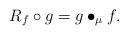
LaTeX: \begin{align*}R_f\circ g=g\bullet_\mu f.\end{align*}